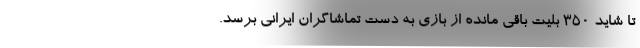
تا شاید ۳۵۰ بلیت باقی مانده از بازی به دست تماشاگران ایرانی برسد.